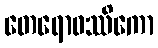
တေရောဝဿိကော